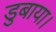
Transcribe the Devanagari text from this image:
डुबाया।